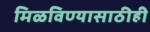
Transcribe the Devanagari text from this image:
मिळविण्यासाठीही